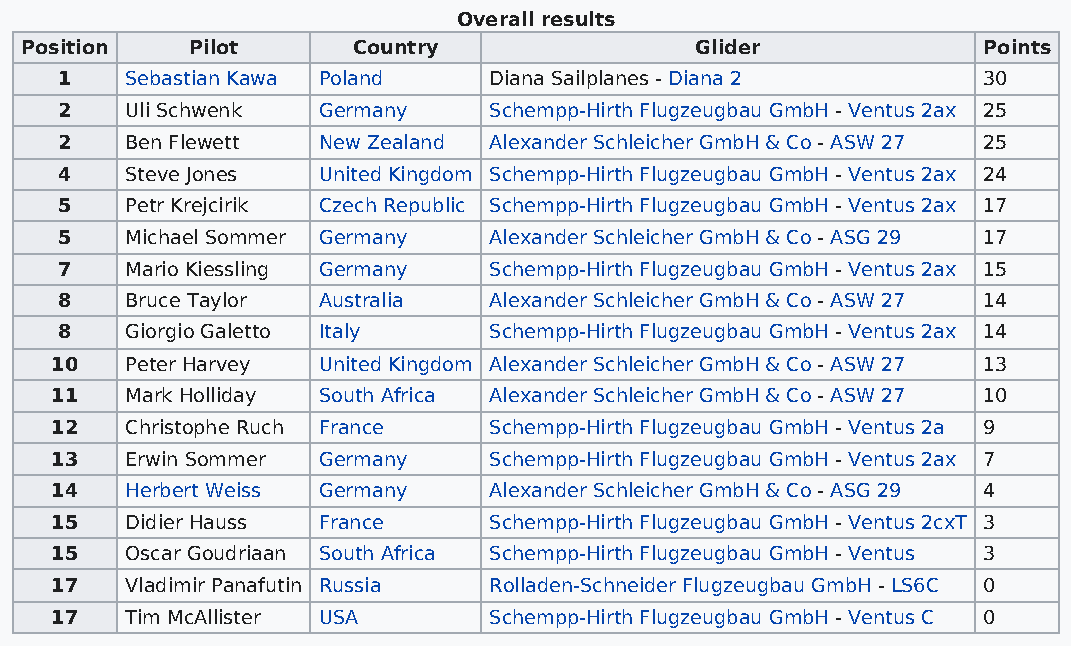
Overall results
 Position    Pilot     Country                Glider             Points
 1   Sebastian Kawa Poland   Diana Sailplanes - Diana 2       30
 2   Uli Schwenk  Germany    Schempp-Hirth Flugzeugbau GmbH - Ventus 2ax 25
 2   Ben Flewett  New Zealand Alexander Schleicher GmbH & Co - ASW 27 25
 4   Steve Jones  United Kingdom Schempp-Hirth Flugzeugbau GmbH - Ventus 2ax 24
 5   Petr Krejcirik Czech Republic Schempp-Hirth Flugzeugbau GmbH - Ventus 2ax 17
 5   Michael Sommer Germany  Alexander Schleicher GmbH & Co - ASG 29 17
 7   Mario Kiessling Germany Schempp-Hirth Flugzeugbau GmbH - Ventus 2ax 15
 8   Bruce Taylor Australia  Alexander Schleicher GmbH & Co - ASW 27 14
 8   Giorgio Galetto Italy   Schempp-Hirth Flugzeugbau GmbH - Ventus 2ax 14
 10   Peter Harvey United Kingdom Alexander Schleicher GmbH & Co - ASW 27 13
 11   Mark Holliday South Africa Alexander Schleicher GmbH & Co - ASW 27 10
 12   Christophe Ruch France  Schempp-Hirth Flugzeugbau GmbH - Ventus 2a 9
 13   Erwin Sommer Germany    Schempp-Hirth Flugzeugbau GmbH - Ventus 2ax 7
 14   Herbert Weiss Germany   Alexander Schleicher GmbH & Co - ASG 29 4
 15   Didier Hauss France     Schempp-Hirth Flugzeugbau GmbH - Ventus 2cxT 3
 15   Oscar Goudriaan South Africa Schempp-Hirth Flugzeugbau GmbH - Ventus 3
 17   Vladimir Panafutin Russia Rolladen-Schneider Flugzeugbau GmbH - LS6C 0
 17   Tim McAllister USA      Schempp-Hirth Flugzeugbau GmbH - Ventus C 0